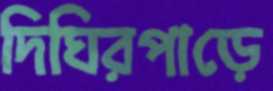
দিঘিরপাড়ে